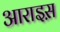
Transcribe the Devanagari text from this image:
आराइस़